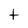
Character: t